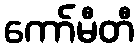
ကော်မီတီ